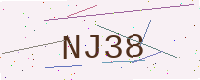
Text: NJ38